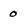
Character: 0